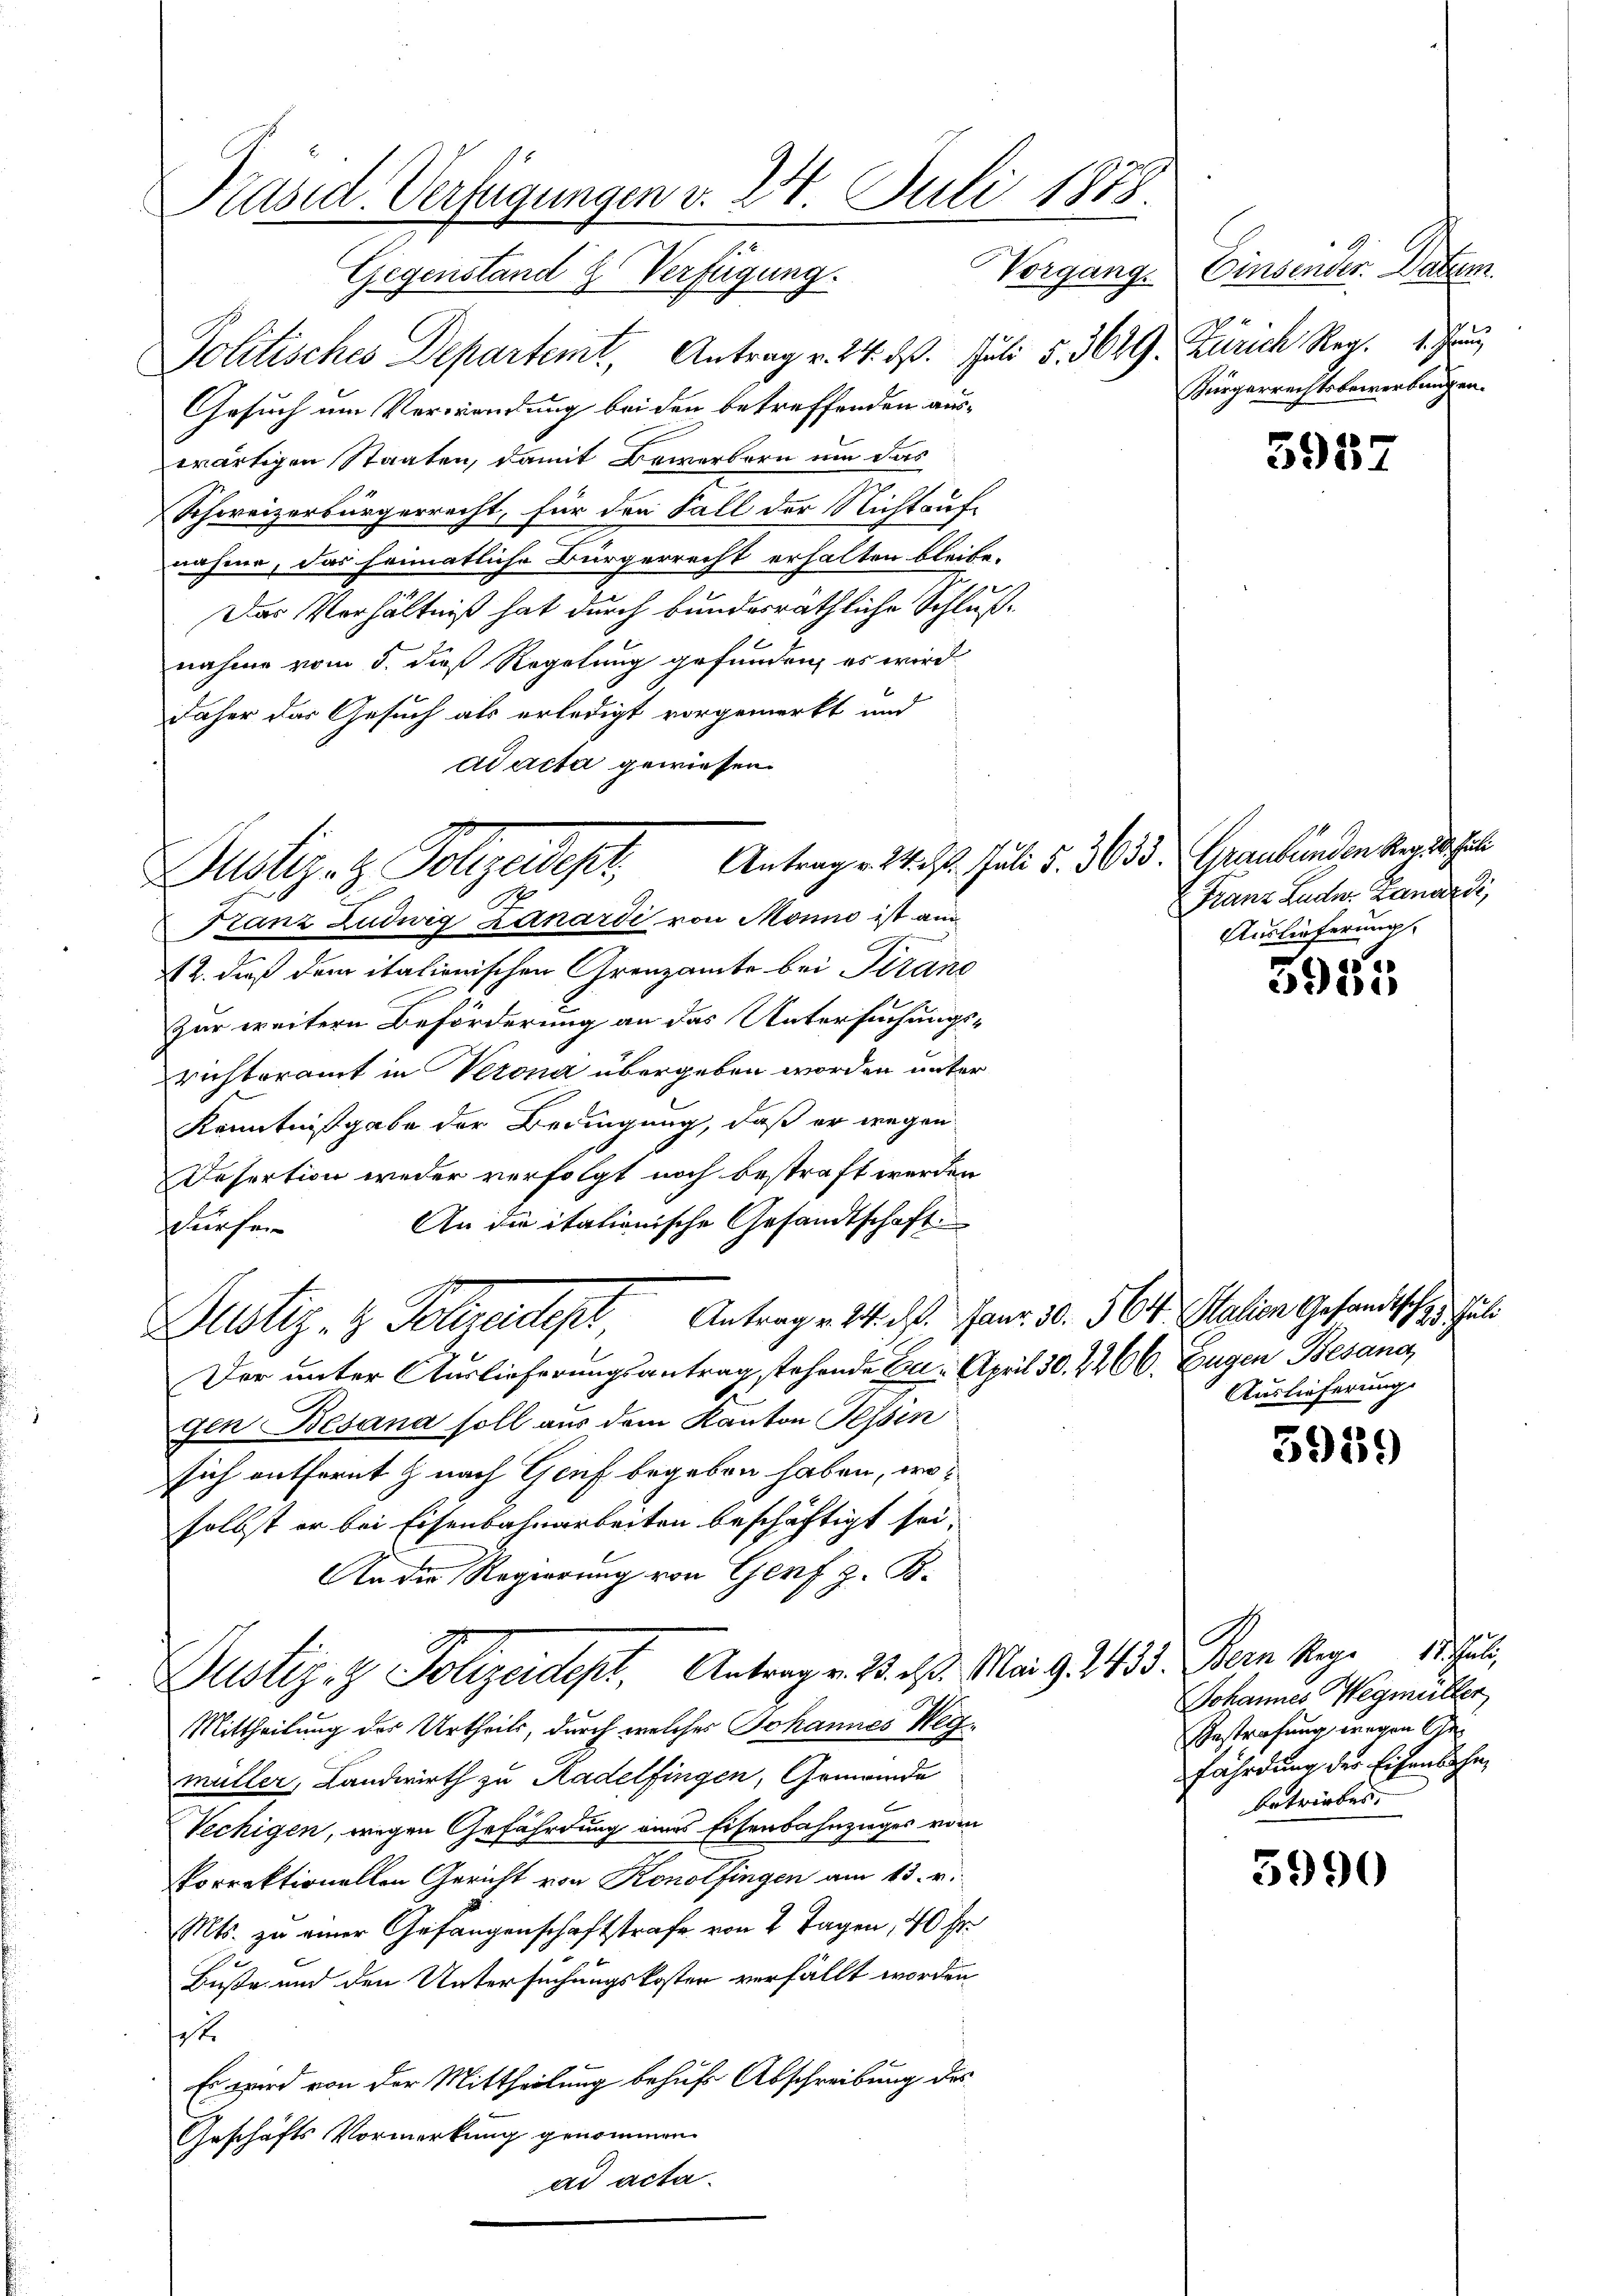
Präsid. Verfügungen v. 24. Juli 1878.
Gegenstand & Verfügung. Vorgang.

Zustiz- & Polizeist
No

Franz Ludwig Zanardi von Monno ist am
12. dieß dem italionischen Grenzamte bei Pirano
Zur weitern Beförderung an das Untersuchungsrichteramt in Verona übergeben worden unter
Kenntnißgabe der Bedingung, daß er wegen
Desertion weder verfolgt noch bestraft werden
An die italienische Gesandtschaft.
dürfen
Justiz- & Polizeident Antrage 2. ds. Janr. 30. 564. Station Gesandtschen Juli
Der unter Auslieferungsantrag stehende u. April 30. 2266. Eugen Besang,
gen Besana soll aus dem Kanton Tessin
sich entfernt & nach Genf begeben haben, woselbst er bei Eisenbahnarbeiten beschäftigt sei.
An die Regierung von Genf z. B.
Justiz- & Polizeidept, Antrag v. 23. ds. Mai G. 1435. Bern Sage de Juli,
Mittheilung des Urtheils, durch welches Johannes Wegmüller, Landwirth zu Radelfingen, Gemeinde
Vechigen, wegen Gefährdung eines Eisenbahnzuges vom
orrektionellen Gericht von Konolfingen am 13. r.
Mts. zu einer Gefangenschaftstrafe von 2 Tagen, 40 Fr.
Buße und den Untersuchungskosten verfällt worden
st.
Es wird von der Mittheilung behufs Abschreibung des
Geschäfts Vormerkung genommen.
ad acta.

Politisches Departemt, Antrag v. 24. d. Juli §. 3629. Zürich Reg. 1. Fr
Gesuch um Verwendung bei den betreffenden auswärtigen Staaten, damit Bewerbern um das
Schweizerbürgerrecht, für den Fall der Nichtauf-
nahme, das heimatliche Bürgerrecht erhalten bleibe.
Das Verhältniß hat durch bunderräthliche Schluß-
nahme vom 5. dieß Regelung gefunden, es wird
daher das Gesuch als erledigt vorgemerkt und
ad acta gewiesen.

Antrag v. 24. 20. Juli 5. 3633. Graubünden Reg. 18. Juli

Einsender. Datum.
Bürgerrechtsbewerbungen.

Franz Luder Lanardi,
Auslieferung.

Auslieferung.

3957

5927

5959

5990

.
Johannes Wegmüller
Gestrafung wegen Ge
fährdung der Eisenbahn,
betriebes,